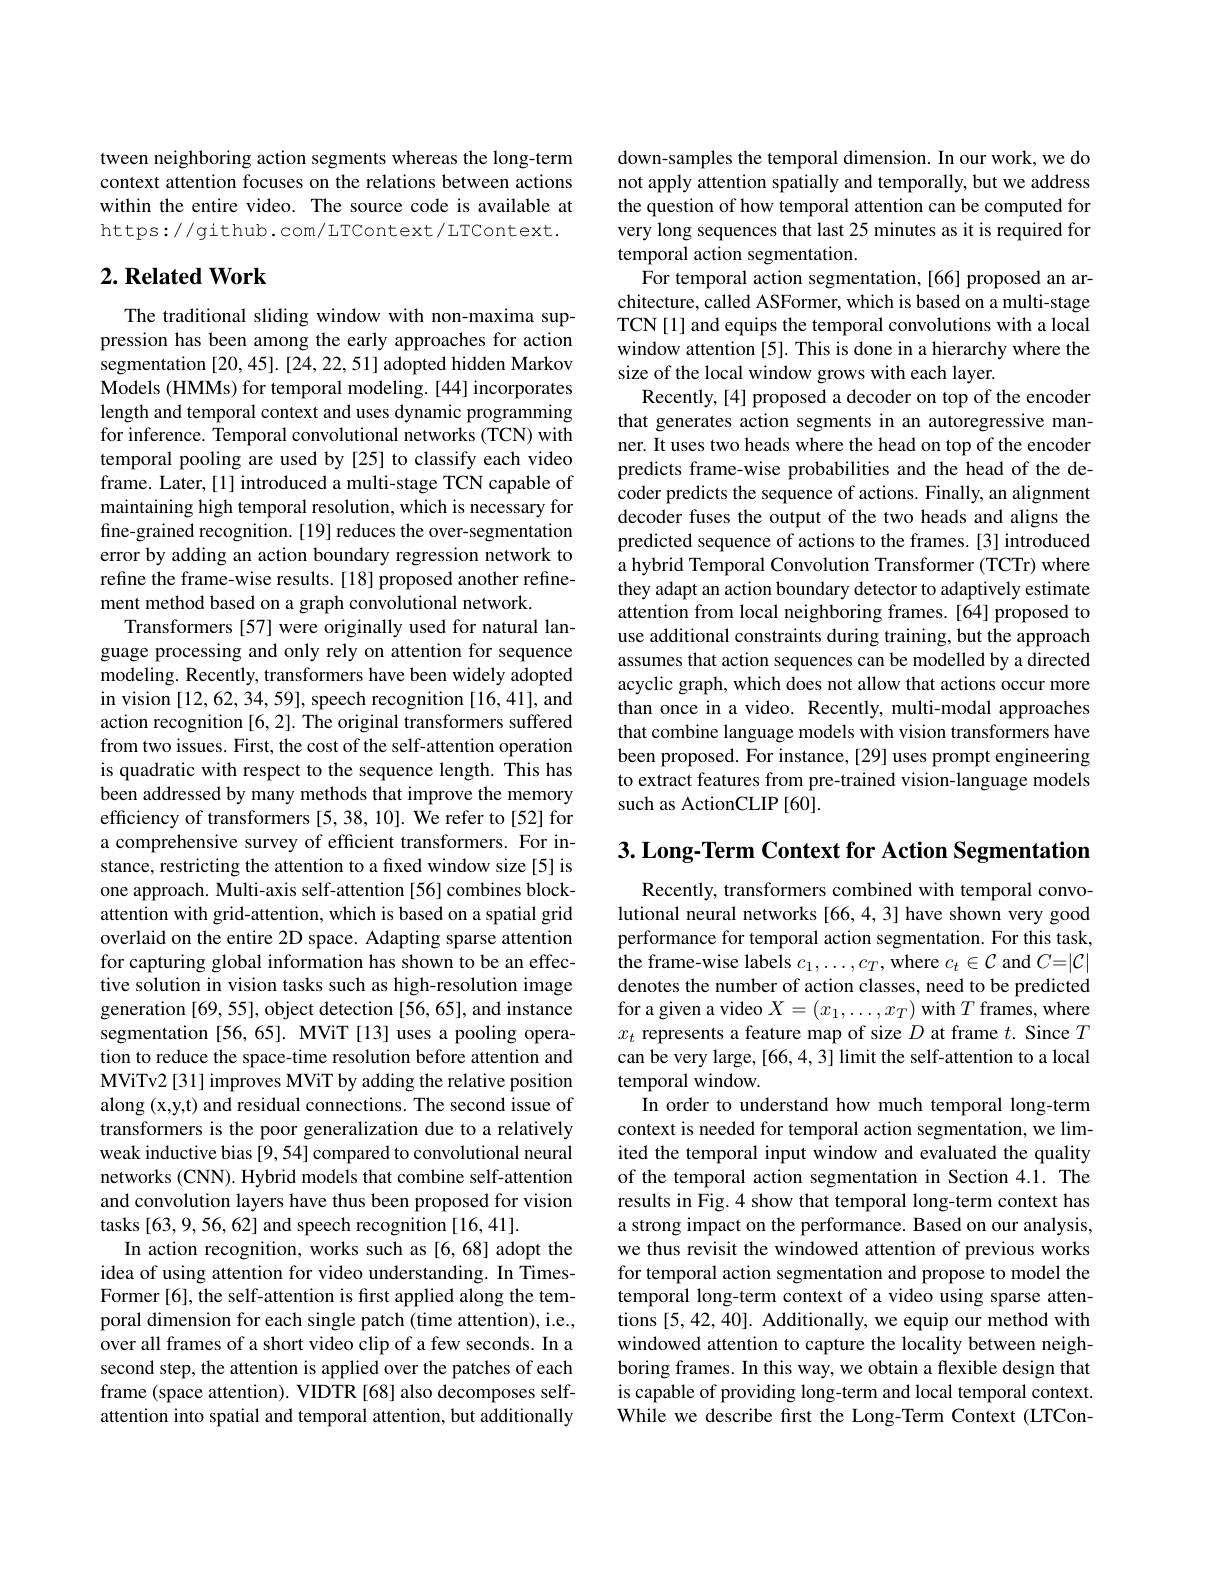
tween neighboring action segments whereas the long-term context attention focuses on the relations between actions within the entire video. The source code is available at https://github.com/LTContext/LTContext.

## $2. \textbf{Related Work}$

The traditional sliding window with non-maxima suppression has been among the early approaches for action segmentation [20,45].[24,22,51] adopted hidden Markov Models (HMMs) for temporal modeling. [44] incorporates length and temporal context and uses dynamic programming for inference. Temporal convolutional networks (TCN) with temporal pooling are used by [25] to classify each video frame. Later, [1] introduced a multi-stage TCN capable of maintaining high temporal resolution, which is necessary for fine-grained recognition. [19] reduces the over-segmentation error by adding an action boundary regression network to refine the frame-wise results. [18] proposed another refinement method based on a graph convolutional network.
Transformers[57] were originally used for natural language processing and only rely on attention for sequence modeling. Recently, transformers have been widely adopted in vision [12,62,34,59],speech recognition [16,41], and action recognition [6,2]. The original transformers suffered from two issues. First, the cost of the self-attention operation is quadratic with respect to the sequence length. This has been addressed by many methods that improve the memory efficiency of transformers [5,38,10]. We refer to [52] for a comprehensive survey of efficient transformers. For instance, restricting the attention to a fixed window size[5] is one approach. Multi-axis self-attention [56] combines blockattention with grid-attention, which is based on a spatial grid overlaid on the entire 2D space. Adapting sparse attention for capturing global information has shown to be an effective solution in vision tasks such as high-resolution image generation [69, 55], object detection [56, 65], and instance segmentation [56,65]. MViT [13] uses a pooling operation to reduce the space-time resolution before attention and MViTv2[31] improves MViT by adding the relative position along (x,y,t) and residual connections. The second issue of transformers is the poor generalization due to a relatively weak inductive bias [9,54] compared to convolutional neural networks (CNN). Hybrid models that combine self-attention and convolution layers have thus been proposed for vision tasks [63,9,56,62] and speech recognition [16,41].
In action recognition, works such as [6,68] adopt the idea of using attention for video understanding. In TimesFormer [6], the self-attention is first applied along the temporal dimension for each single patch (time attention), i.e., over all frames of a short video clip of a few seconds. In a second step, the attention is applied over the patches of each frame (space attention). VIDTR [68] also decomposes selfattention into spatial and temporal attention, but additionally

down-samples the temporal dimension. In our work, we do not apply attention spatially and temporally, but we address the question of how temporal attention can be computed for very long sequences that last 25 minutes as it is required for temporal action segmentation.
For temporal action segmentation,[66] proposed an architecture, called ASFormer, which is based on a multi-stage TCN[1] and equips the temporal convolutions with a local window attention [5]. This is done in a hierarchy where the size of the local window grows with each layer.
Recently, [4] proposed a decoder on top of the encoder that generates action segments in an autoregressive manner. It uses two heads where the head on top of the encoder predicts frame-wise probabilities and the head of the decoder predicts the sequence of actions. Finally, an alignment decoder fuses the output of the two heads and aligns the predicted sequence of actions to the frames. [3] introduced a hybrid Temporal Convolution Transformer (TCTr) where they adapt an action boundary detector to adaptively estimate attention from local neighboring frames. [64] proposed to use additional constraints during training, but the approach assumes that action sequences can be modelled by a directed acyclic graph, which does not allow that actions occur more than once in a video. Recently, multi-modal approaches that combine language models with vision transformers have been proposed. For instance, [29] uses prompt engineering to extract features from pre-trained vision-language models such as ActionCLIP [60].

$3. \textbf{Long- Term Context for Action Segmentation}$

Recently, transformers combined with temporal convolutional neural networks [66,4,3] have shown very good performance for temporal action segmentation. For this task, the frame-wise labels $c_1,\ldots,c_T$, where $c_t\in\mathcal{C}$ and $C=|\mathcal{C}|$ denotes the number of action classes, need to be predicted for a given a video $X=(x_1,\ldots,x_T)$ with $T$ frames, where $x_t$ represents a feature map of size $D$ at frame $t.$ Since $T$ can be very large, [66,4,3] limit the self-attention to a local temporal window.
In order to understand how much temporal long-term context is needed for temporal action segmentation, we limited the temporal input window and evaluated the quality of the temporal action segmentation in Section 4.1. The results in Fig.4 show that temporal long-term context has a strong impact on the performance. Based on our analysis, we thus revisit the windowed attention of previous works for temporal action segmentation and propose to model the temporal long-term context of a video using sparse attentions [5,42,40]. Additionally, we equip our method with windowed attention to capture the locality between neighboring frames. In this way, we obtain a flexible design that is capable of providing long-term and local temporal context. While we describe first the Long-Term Context (LTCon-